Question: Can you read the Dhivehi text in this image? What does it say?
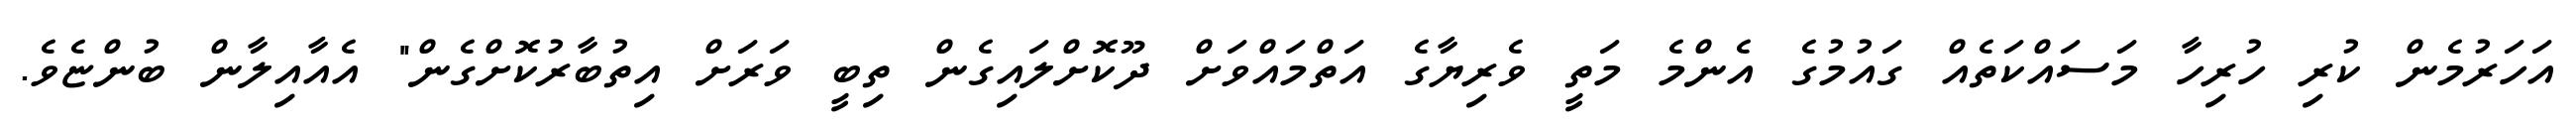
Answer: އަހަރުމެން ކުރި ހުރިހާ މަސައްކަތެއް ގައުމުގެ އެންމެ މަތީ ވެރިޔާގެ އަތްމައްވަށް ދޫކޮށްލައިގެން ތިބީ ވަރަށް އިތުބާރުކޮށްގެން" އެއާއިލާން ބުންޏެވެ.